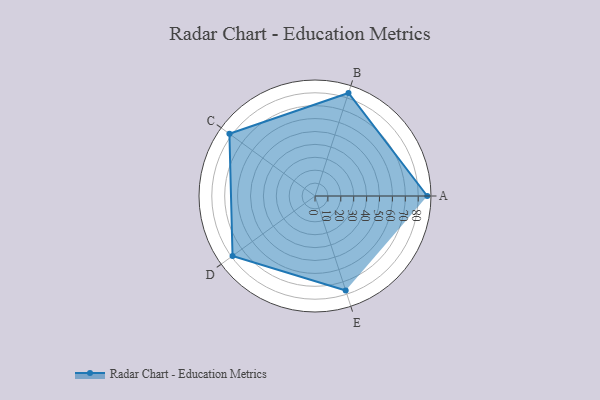
{"axis": {"x": "Skill", "y": "Score"}, "legend": ["Profile"], "data": [{"x": "A", "y": 87.0, "type": "Profile"}, {"x": "B", "y": 84.0, "type": "Profile"}, {"x": "C", "y": 82.0, "type": "Profile"}, {"x": "D", "y": 79.0, "type": "Profile"}, {"x": "E", "y": 77.0, "type": "Profile"}]}